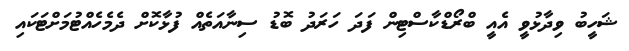
ޝަހީބު ވިދާޅުވީ އެއީ ބްރޯޑްކާސްޓިން ފަދަ ހަރަދު ބޮޑު ސިނާއަތެއް ފުޅާކޮށް ދެމެހެއްޓުމަށްޓަކައި